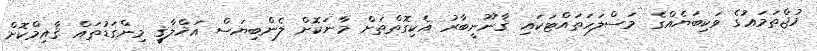
މުޖްތަމަޢުގެ ވަކިބަޔެއްގެ މަސްލަހަތައްޓަކައި ޤާނޫނީބާރު އެކިގޮތްތަށް މާނަކޮށް ލެންބިޔަސް އަޚްލާޤީ މިންގަޑުތައް ޤާއިމްކޮށް